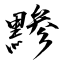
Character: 黪